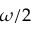
\omega / 2